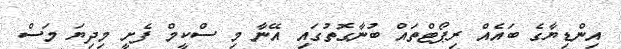
އިންޑިޔާގެ ބައެއް ރިޕޯޓްތައް ބުނާގޮތުގައި އޭނާ މި ސްކީމް ފެށީ މިދިޔަ މަސް